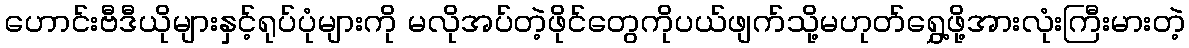
ဟောင်းဗီဒီယိုများနှင့်ရုပ်ပုံများကို မလိုအပ်တဲ့ဖိုင်တွေကိုပယ်ဖျက်သို့မဟုတ်ရွှေ့ဖို့အားလုံးကြီးမားတဲ့